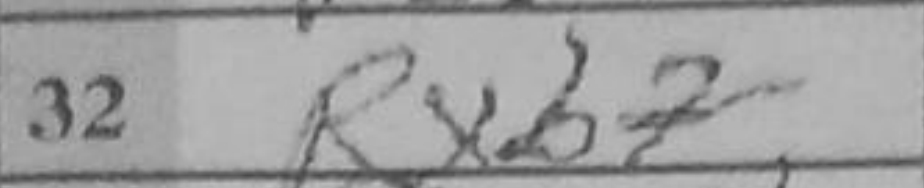
Transcription: Rxb7